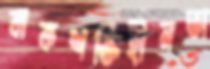
বাকশক্তিহীনতা